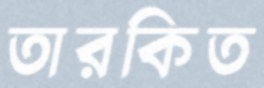
তারকিত